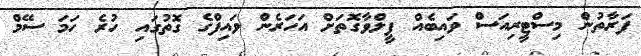
ފަރާތުން މިސްޓީރިއަސް ވައިބެއް ފީލްވާގޮތަށް އަހަރެން ވައިފްގެ ގޮތުގައި ހުރެ ހަމަ ސޭމް